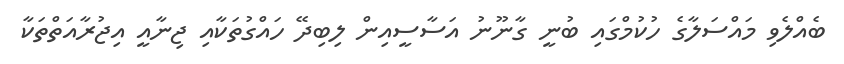
ބެއްލެވި މައްސަލާގެ ހުކުމްގައި ބުނީ ގާނޫނު އަސާސީއިން ލިބިދޭ ހައްގުތަކާއި ޖިނާއީ އިޖުރާއަތްތަކާ